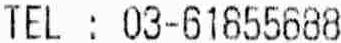
TEL : 03-61855688